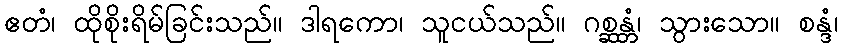
ဧတံ၊ ထိုစိုးရိမ်ခြင်းသည်။ ဒါရကော၊ သူငယ်သည်။ ဂစ္ဆန္တံ၊ သွားသော။ စန္ဒံ၊